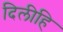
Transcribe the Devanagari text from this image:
दिलीहि